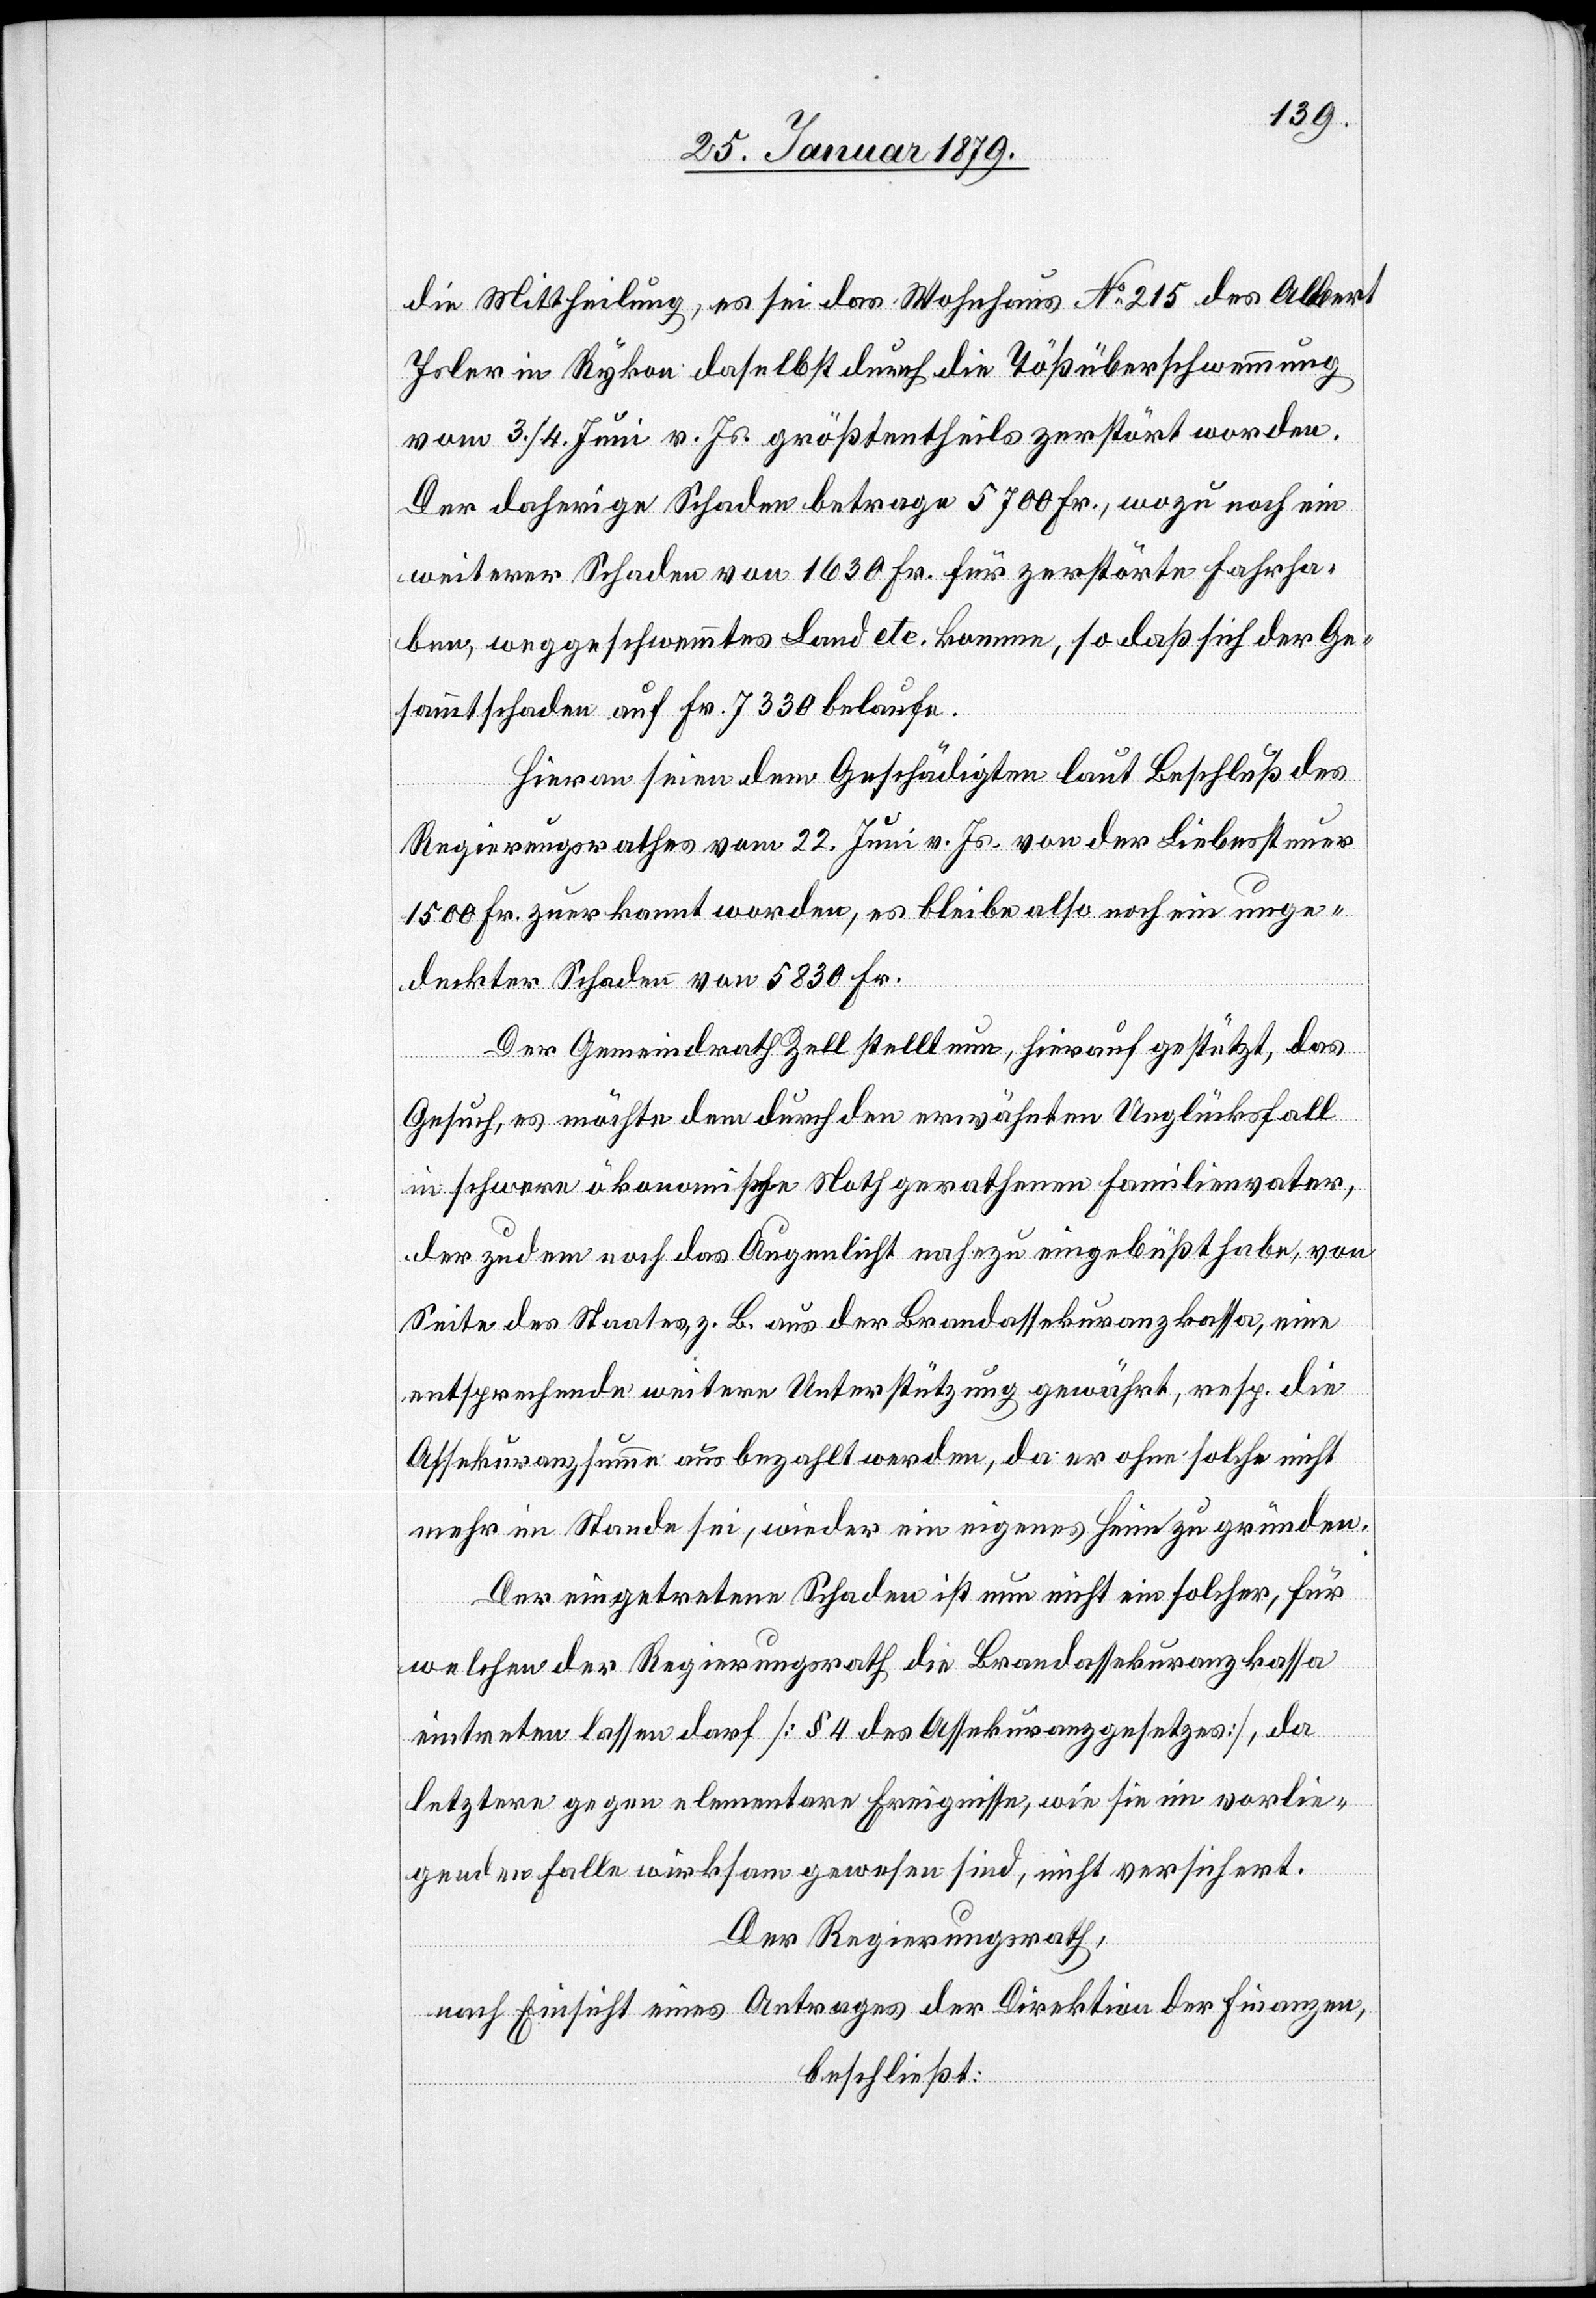
die Mittheilung, es sei das Wohnhaus No 215 des Albert
Isler in Rykon daselbst durch die Tößüberschwemmung
vom 3./4. Juni v. Js. größtentheils zerstört worden.
Der daherige Schaden betrage 5700 Fr., wozu noch ein
weiterer Schaden von 1630 Fr. für zerstörte Fahrha¬
be, weggeschwemmtes Land etc. komme, so daß sich der Ge¬
sammtschaden auf Fr. 7330 belaufe.
Hieran seien dem Geschädigten laut Beschluß des
Regierungsrathes vom 22. Juni v. Js. von der Liebessteuer
1500 Fr. zuerkannt worden, es bleibe also noch ein unge¬
deckter Schaden von 5830 Fr.
Der Gemeindrath Zell stellt nun, hierauf gestützt, das
Gesuch, es möchte dem durch den erwähnten Unglücksfall
in schwere ökonomische Noth gerathenen Familienvater,
der zudem noch das Augenlicht nahezu eingebüßt habe, von
Seite des Staates, z. B. aus der Brandassekuranzkassa, eine
entsprechende weitere Unterstützung gewährt, resp. die
Assekuranzsumme ausbezahlt werden, da er ohne solche nicht
mehr im Stande sei, wieder ein eigenes Heim zu gründen.
Der eingetretene Schaden ist nun nicht ein solcher, für
welchen der Regierungsrath die Brandassekuranzkassa
eintreten lassen darf [§ 4 des Assekuranzgesetzes], da
letztere gegen elementare Ereignisse, wie sie im vorlie¬
genden Falle wirksam gewesen sind, nicht versichert.
Der Regierungsrath,
nach Einsicht eines Antrages der Direktion der Finanzen,
beschließt: